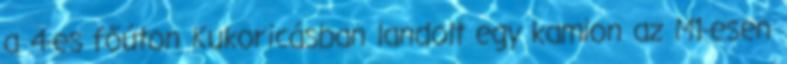
a 4-es főúton Kukoricásban landolt egy kamion az M1-esen